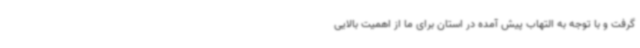
گرفت و با توجه به التهاب پیش آمده در استان برای ما از اهمیت بالایی